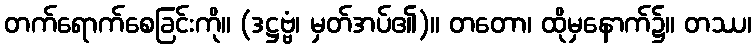
တက်ရောက်စေခြင်းကို။ (ဒဋ္ဌဗ္ဗံ၊ မှတ်အပ်၏)။ တတော၊ ထိုမှနောက်၌။ တဿ၊